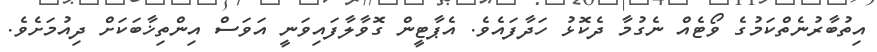
އިތުބާރުނެތްކަމުގެ ވޯޓެއް ނެގުމާ ދެކޮޅު ހަދާފައެވެ. އެޕާޓީން ގޮވާލާފައިވަނީ އަވަސް އިންތިޚާބަކަށް ދިއުމަށެވެ.